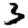
Digit: 3